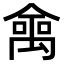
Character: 𠎘